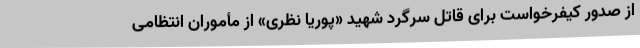
از صدور کیفرخواست برای قاتل سرگرد شهید «پوریا نظری» از مأموران انتظامی